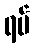
ရပ်